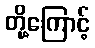
တို့ကြောင့်